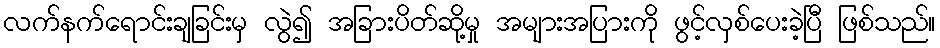
လက်နက်ရောင်းချခြင်းမှ လွဲ၍ အခြားပိတ်ဆို့မှု အများအပြားကို ဖွင့်လှစ်ပေးခဲ့ပြီ ဖြစ်သည်။